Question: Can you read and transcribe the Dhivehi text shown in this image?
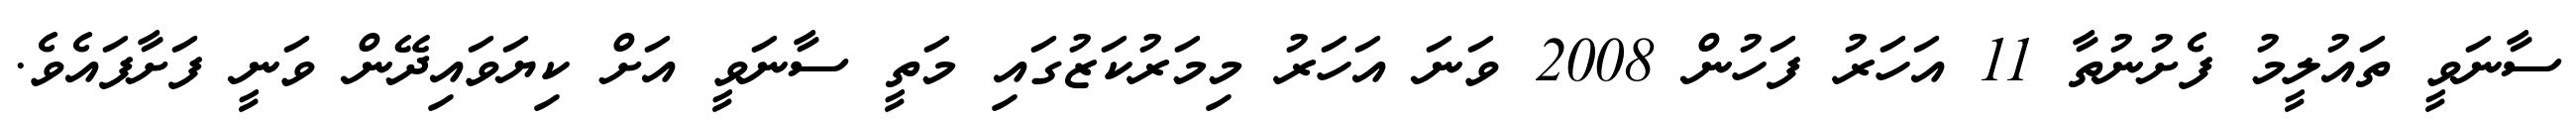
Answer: ސާނަވީ ތައުލީމު ފެށުނުތާ 11 އަހަރު ފަހުން 2008 ވަނަ އަހަރު މިމަރުކަޒުގައި މަތީ ސާނަވީ އަށް ކިޔަވައިދޭން ވަނީ ފަށާފައެވެ.